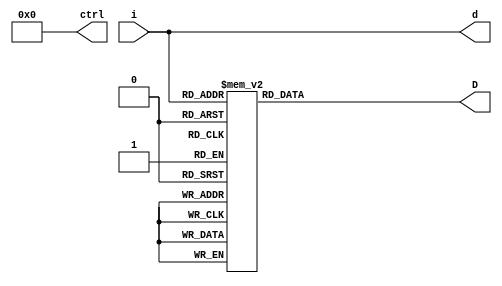
`timescale 1ns / 1ps
//////////////////////////////////////////////////////////////////////////////////
// Company: 
// Engineer: 
// 
// Design Name: 
// Module Name: binary_to_7_segment
// Project Name: 
// Target Devices: 
// Tool Versions: 
// Description: 
// 
// Dependencies: 
// 
// Revision:
// Revision 0.01 - File Created
// Additional Comments:
// 
//////////////////////////////////////////////////////////////////////////////////
`define SS_0 8'b0000_0011
`define SS_1 8'b1001_1111
`define SS_2 8'b0010_0101
`define SS_3 8'b0000_1101
`define SS_4 8'b1001_1001
`define SS_5 8'b0100_1001
`define SS_6 8'b0100_0001
`define SS_7 8'b0001_1011
`define SS_8 8'b0000_0001
`define SS_9 8'b0000_1001
`define SS_A 8'b0001_0001
`define SS_b 8'b1100_0001
`define SS_C 8'b0110_0011
`define SS_d 8'b1000_0101
`define SS_E 8'b0110_0001
`define SS_F 8'b0111_0001

module binary_to_7_segment(i, D, d, ctrl);
    input [3:0] i;  //i represents for 4-bit binary input
    output [7:0] D;  //ssd decoder
    output [3:0] d;  //LED controller
    output [3:0] ctrl;
    reg [7:0] D;
    reg [3:0] d;
    reg [3:0] ctrl;
    always @* begin
        case(i)
            4'b0000: D = `SS_0;
            4'b0001: D = `SS_1;
            4'b0010: D = `SS_2;
            4'b0011: D = `SS_3;
            4'b0100: D = `SS_4;
            4'b0101: D = `SS_5;
            4'b0110: D = `SS_6;
            4'b0111: D = `SS_7;
            4'b1000: D = `SS_8;
            4'b1001: D = `SS_9;
            4'b1010: D = `SS_A;
            4'b1011: D = `SS_b;
            4'b1100: D = `SS_C;
            4'b1101: D = `SS_d;
            4'b1110: D = `SS_E;
            4'b1111: D = `SS_F;
        endcase
        d = i;
        ctrl = 4'b0000;
    end
endmodule